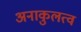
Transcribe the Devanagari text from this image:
अनाकुलत्व